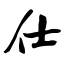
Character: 仕